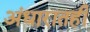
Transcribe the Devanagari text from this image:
अंधारातही